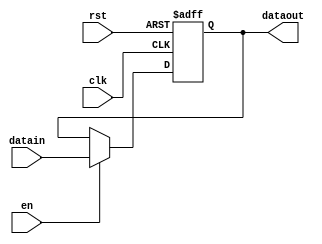
`timescale 1ns / 1ps

module DFF32(
input [31:0]datain,
input clk,
input rst,
input en,
output reg[31:0]dataout);


always@(posedge clk or negedge rst) begin 
  if (~rst) dataout <= 32'd0;
  else if(en) dataout <= datain;
end

endmodule